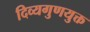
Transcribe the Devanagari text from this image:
दिव्यगुणयुक्त